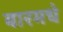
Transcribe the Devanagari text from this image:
बारमधे